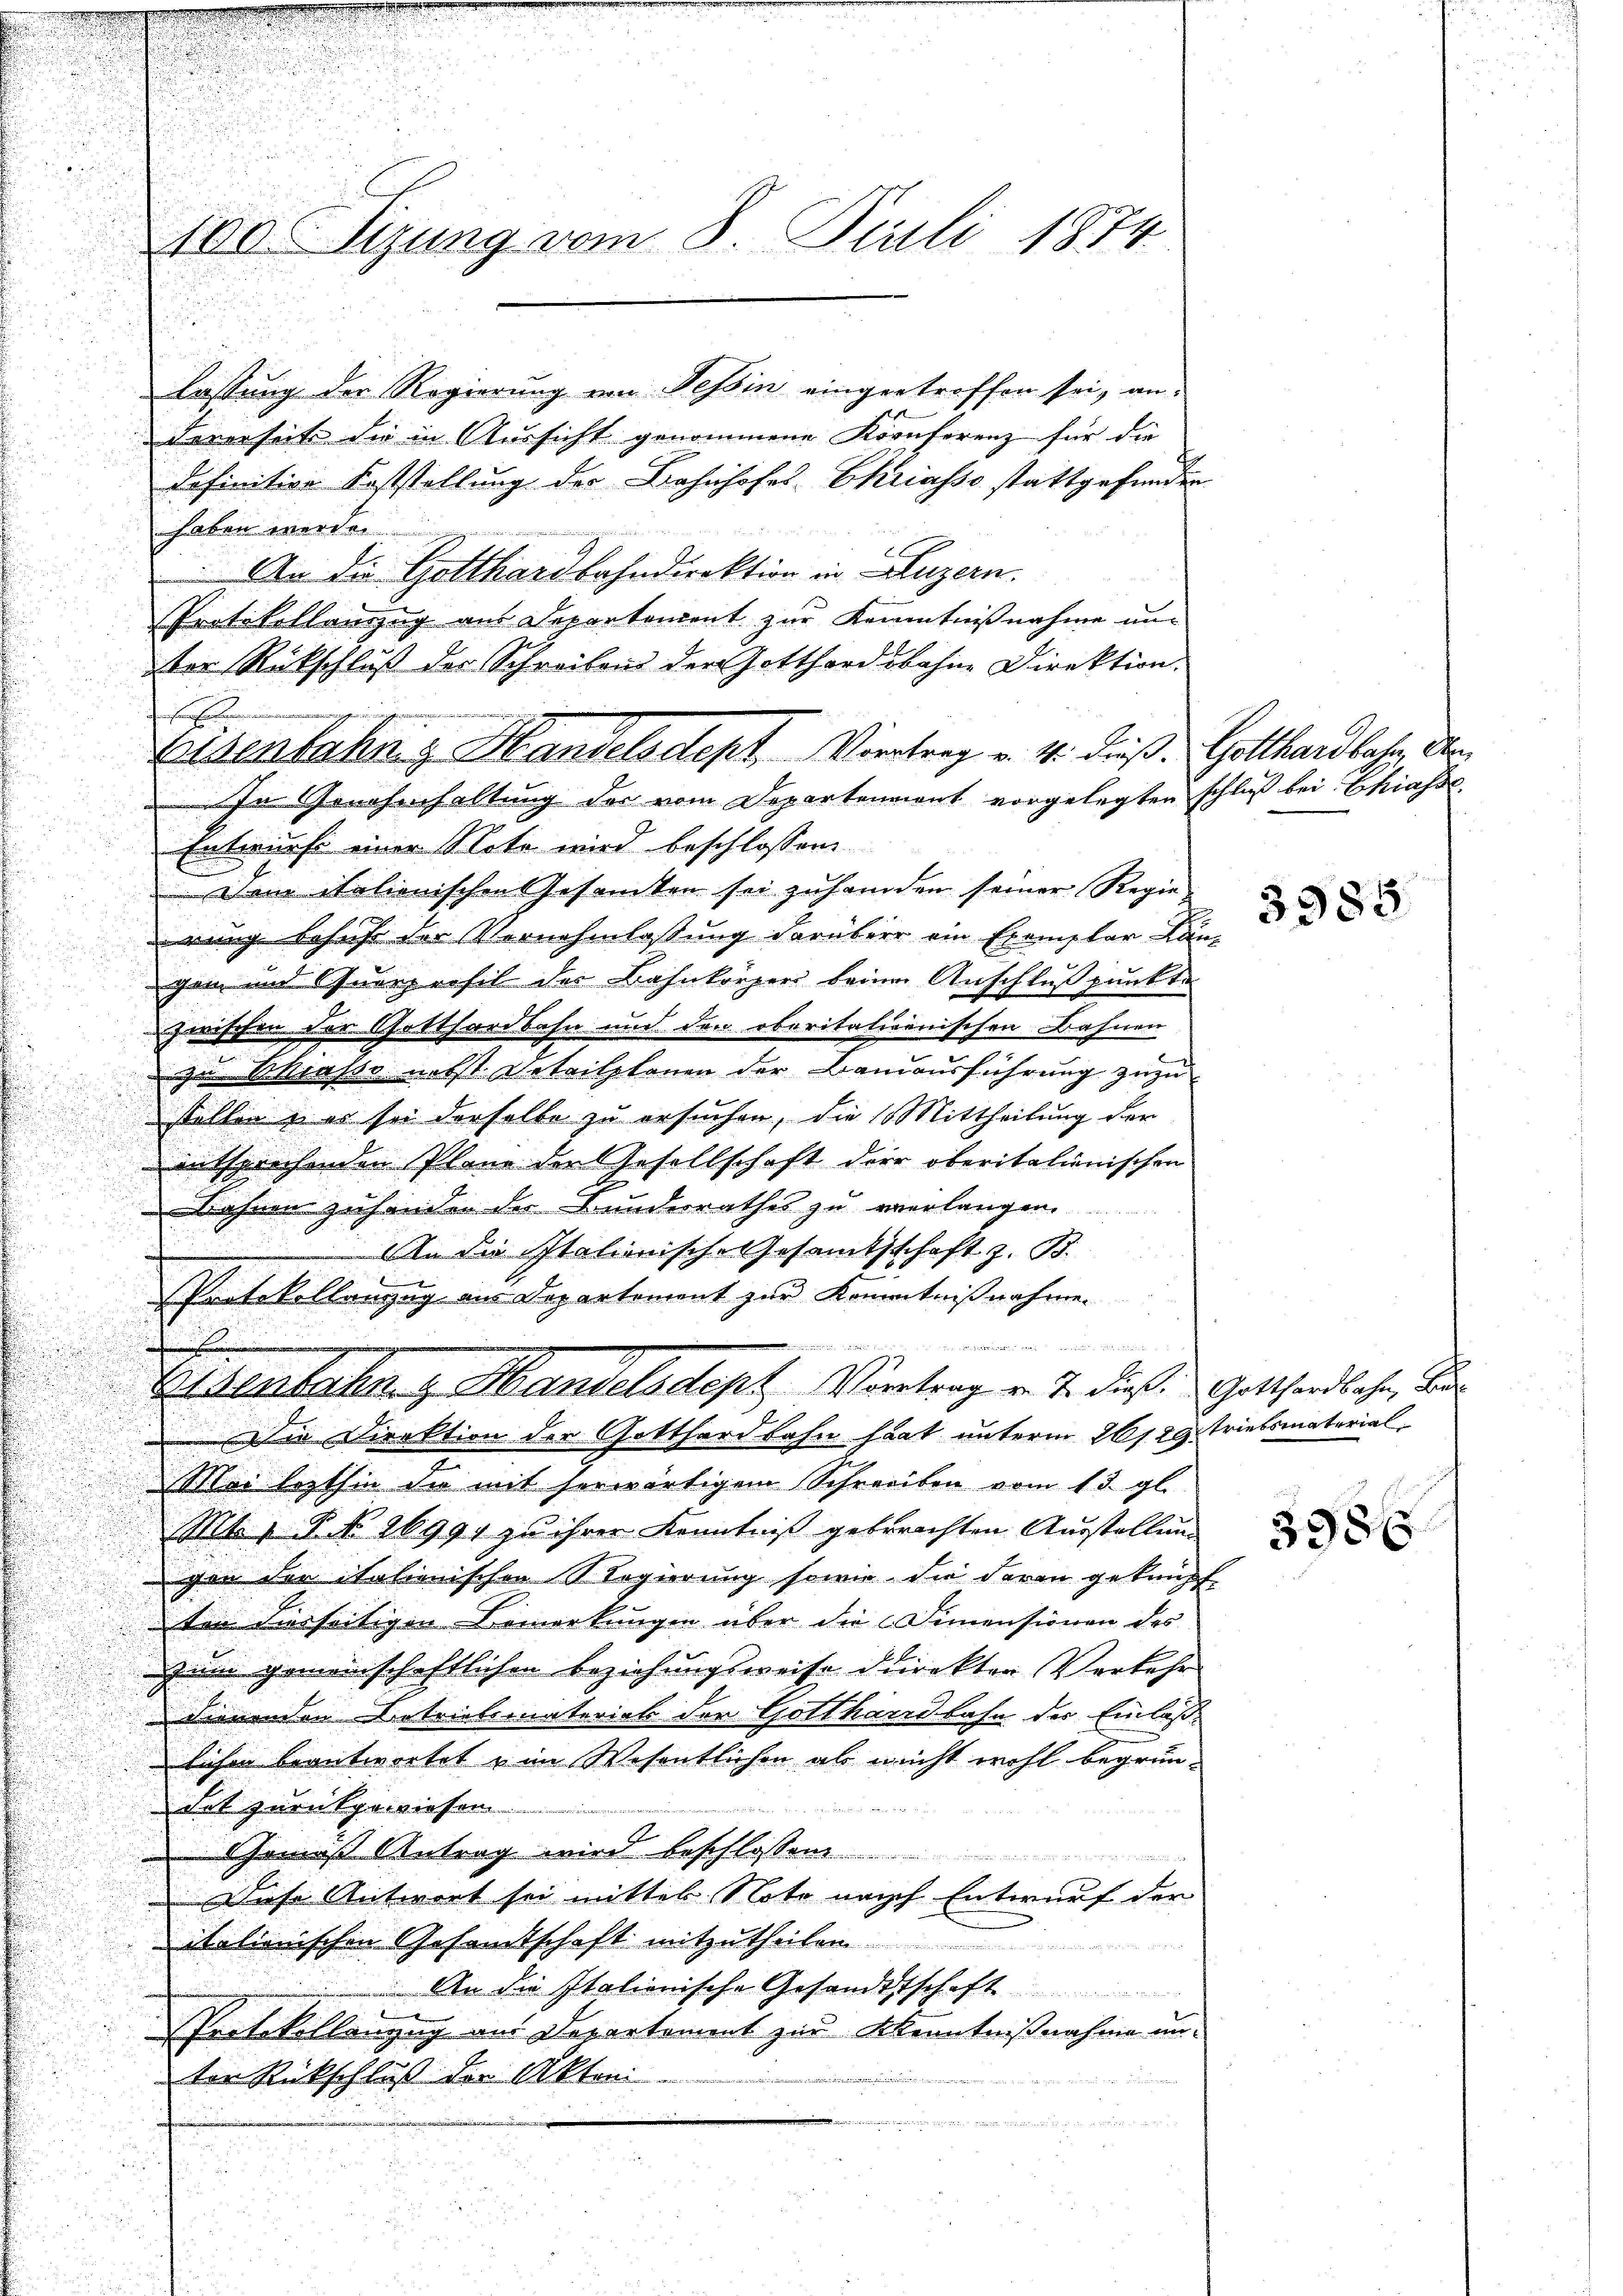
Fererseits die in Aussicht genommene Kornferenz für die
definitive Feststellung der Bahnhofes Ekriasso stattgefunden
haben werden.
An die Gotthardbahndirektion in Luzern.
Protokollanzzug aus Departendent zur Kenntnißnahme un-
ter Rückschluß der Schreiben der Gotthardbahne Direktion.
ihenferen
In Genehmhaltung der vom Departenmant vorgelegten schluß bei Chiasse
Entwurfe einer Note wird beschlossen
Dem italienischen Gesamten sei zuhanden seiner Regie-
rung behufe der Vernehmlassung darüber ein Exemplar Kan-
gen und Querprofil der Bahnkörper beim Anschluß punkte
zwischen der Gotthardbahn und den oberitationischen Bahnen
zu Strasso nebst Detailplanen der Bandausführung zuzu
stellen u es sei derselbe zu ersuchen, die Mittheilung der
 entsprochenden Plane der Gesellschaft der oberitationischen
Bahnen zuhanden der Bundesrathes zu verlangen.
An die Italienische Gesamtsschaft z. B.
Protokollanzug aus Departement zur Kenntnißnahme.
.
e
Ettenbahng Handelsdept Vertrag v. J. diese Gotthardbahn, die
Die Direktion der Gotthardbahn hat unterm 261. 29. Triebsmaterial
Mei lezthin die mit herwärtigem Schreiben vom 13. gl.
Mb, P. Nr. 20991 zu ihrer Kenntniß gebrachten Ausstellung
gan der italienischen Regierung sowie die daran geknüpf
ten hierseitigen Bemerkungen über die Dimensionen des
zum gemeinschaftlichen Beziehungsweise direkter Verkehr
dienenden Betriebsmaterial der Gotthardbahn der Einlaßlichen beantwortet u im Wesentlichen ab nicht wohl begrün-
det zurückgewiesen.

Gemäß Antrag wird beschlossen
Diese Antwort sei mittel Note nach Entwurf der
italienischen Gesandtschaft mitzutheilen
An die Italienische Gesandtschaft ..............
Protokollanzug aus Departement zur Kenntnißnahme un-
e
ter Rückschluß der Akten

100 Sizung vom 8. Juli 1874.

lassung der Regierung von Tessin eingetroffen sei, an

Eisenbahng Handelsdept. Viertrag v. 4. dieß Gotthardbahn, den

3985

3986